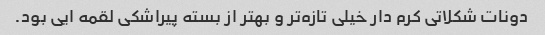
دونات شکلاتی کرم دار خیلی تازه‌تر و بهتر از بسته پیراشکی لقمه ایی بود.